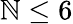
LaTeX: \mathbb{N}\leq6